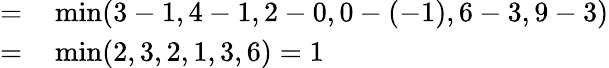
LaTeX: \begin{array}{rl}{=}&{{}\operatorname*{min}(3-1,4-1,2-0,0-(-1),6-3,9-3)}\\ {=}&{{}\operatorname*{min}(2,3,2,1,3,6)=1}\end{array}